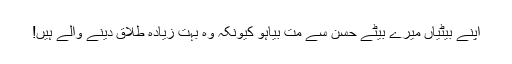
اپنے بیٹیاں میرے بیٹے حسن سے مت بیاہو کیونکہ وہ بہت زیادہ طلاق دینے والے ہیں!